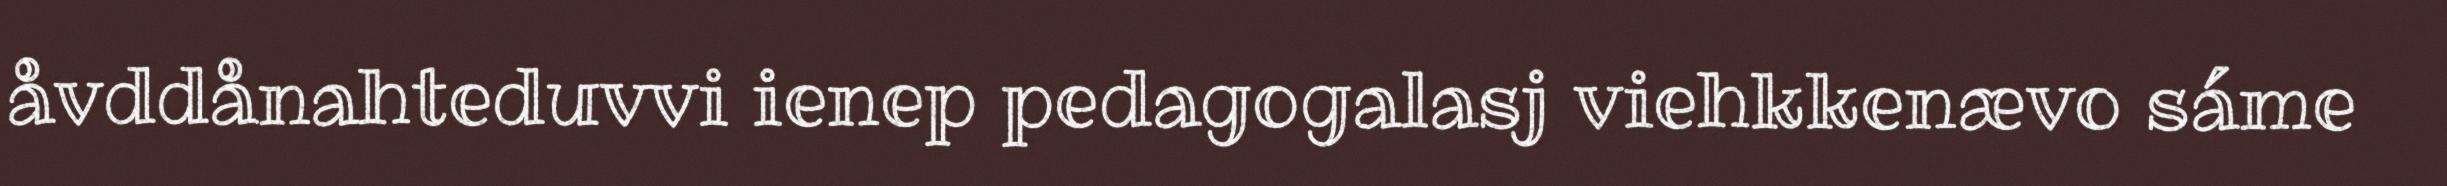
åvddånahteduvvi ienep pedagogalasj viehkkenævo sáme